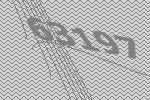
63197